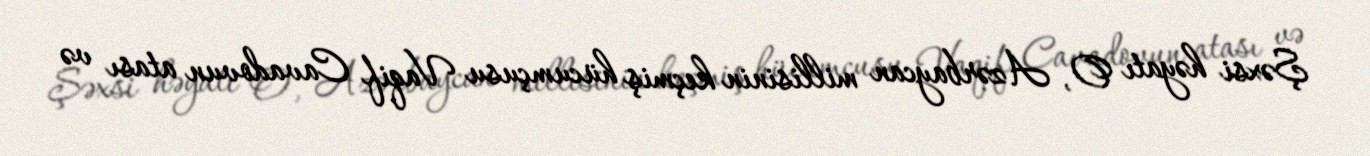
Şəxsi həyatı O, Azərbaycan millisinin keçmiş hücumçusu Vaqif Cavadovun atası və